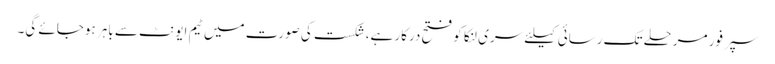
سپرفور مرحلے تک رسائی کیلئے سری لنکا کو فتح درکار ہے،شکست کی صورت میں ٹیم ایونٹ سے باہر ہوجائے گی۔